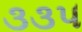
૩૩૫